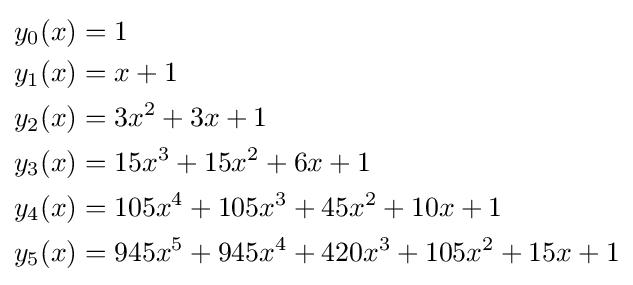
{\begin{aligned}y_{0}(x)&=1\\y_{1}(x)&=x+1\\y_{2}(x)&=3x^{2}+3x+1\\y_{3}(x)&=15x^{3}+15x^{2}+6x+1\\y_{4}(x)&=105x^{4}+105x^{3}+45x^{2}+10x+1\\y_{5}(x)&=945x^{5}+945x^{4}+420x^{3}+105x^{2}+15x+1\end{aligned}}